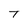
Character: T